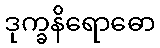
ဒုက္ခနိရောဓော